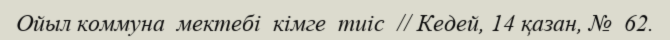
Ойыл коммуна  мектебі  кімге  тиіс  // Кедей, 14 қазан, №  62.